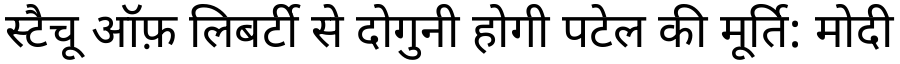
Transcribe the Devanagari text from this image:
स्टैचू ऑफ़ लिबर्टी से दोगुनी होगी पटेल की मूर्ति: मोदी